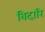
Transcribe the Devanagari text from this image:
बिदारि